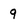
Character: 9